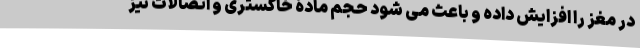
در مغز را افزایش داده و باعث می شود حجم مادۀ خاکستری و اتصالات نیز